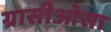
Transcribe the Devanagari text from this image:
ग्रासीओसा